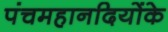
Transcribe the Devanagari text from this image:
पंचमहानदियोंके